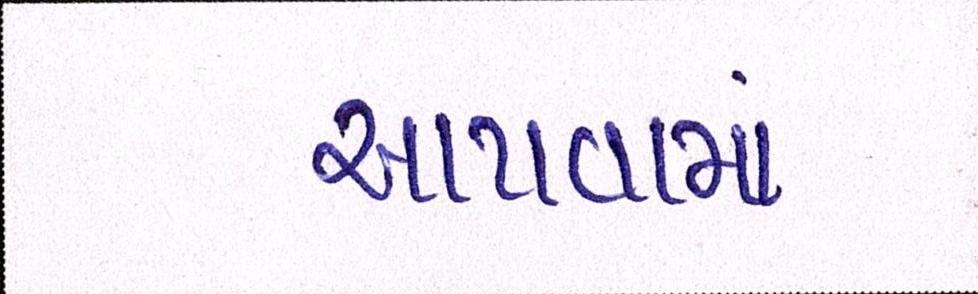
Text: આપવામા